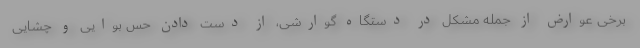
برخی عوارض از جمله مشکل در دستگاه گوارشی، از دست دادن حس بوایی و چشایی